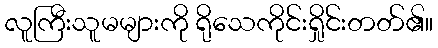
လူကြီးသူမများကို ရိုသေကိုင်းရှိုင်းတတ်၏။